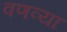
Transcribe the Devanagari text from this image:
वणव्या